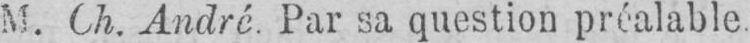
M. Ch. André. Par sa question préalable